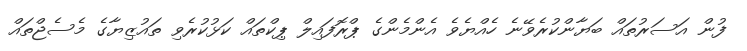
ފުން އަސަރުތައް ބަޔާންކުރެވޭނެ ހެއްޔެވެ އެންމެންގެ ޕްރޮފައިލް ޕިކްތައް ކަޅުކުރެވި ތައުޒިޔާގެ މެސެޖްތައް